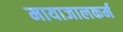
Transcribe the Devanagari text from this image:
मायाजालकर्म